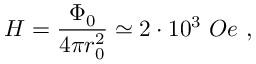
H = \frac { \Phi _ { 0 } } { 4 \pi r _ { 0 } ^ { 2 } } \simeq 2 \cdot 1 0 ^ { 3 } ~ O e ~ ,